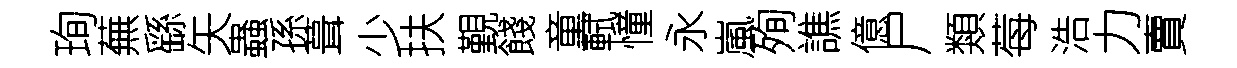
珣蕪繇矢蟲孫葺少扶覲餞童軾憧永嵐殉譙億尸類莓浩力賣